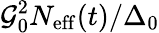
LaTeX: \mathcal{G}_{0}^{2}N_{\mathrm{eff}}(t)/\Delta_{0}